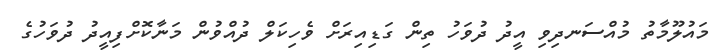
މައުލޫމާތު މުއްސަނދިވި އީދު ދުވަހު ތިން ގަޑިއިރަށް ވެހިކަލް ދުއްވުން މަނާކޮށްފިއީދު ދުވަހުގެ